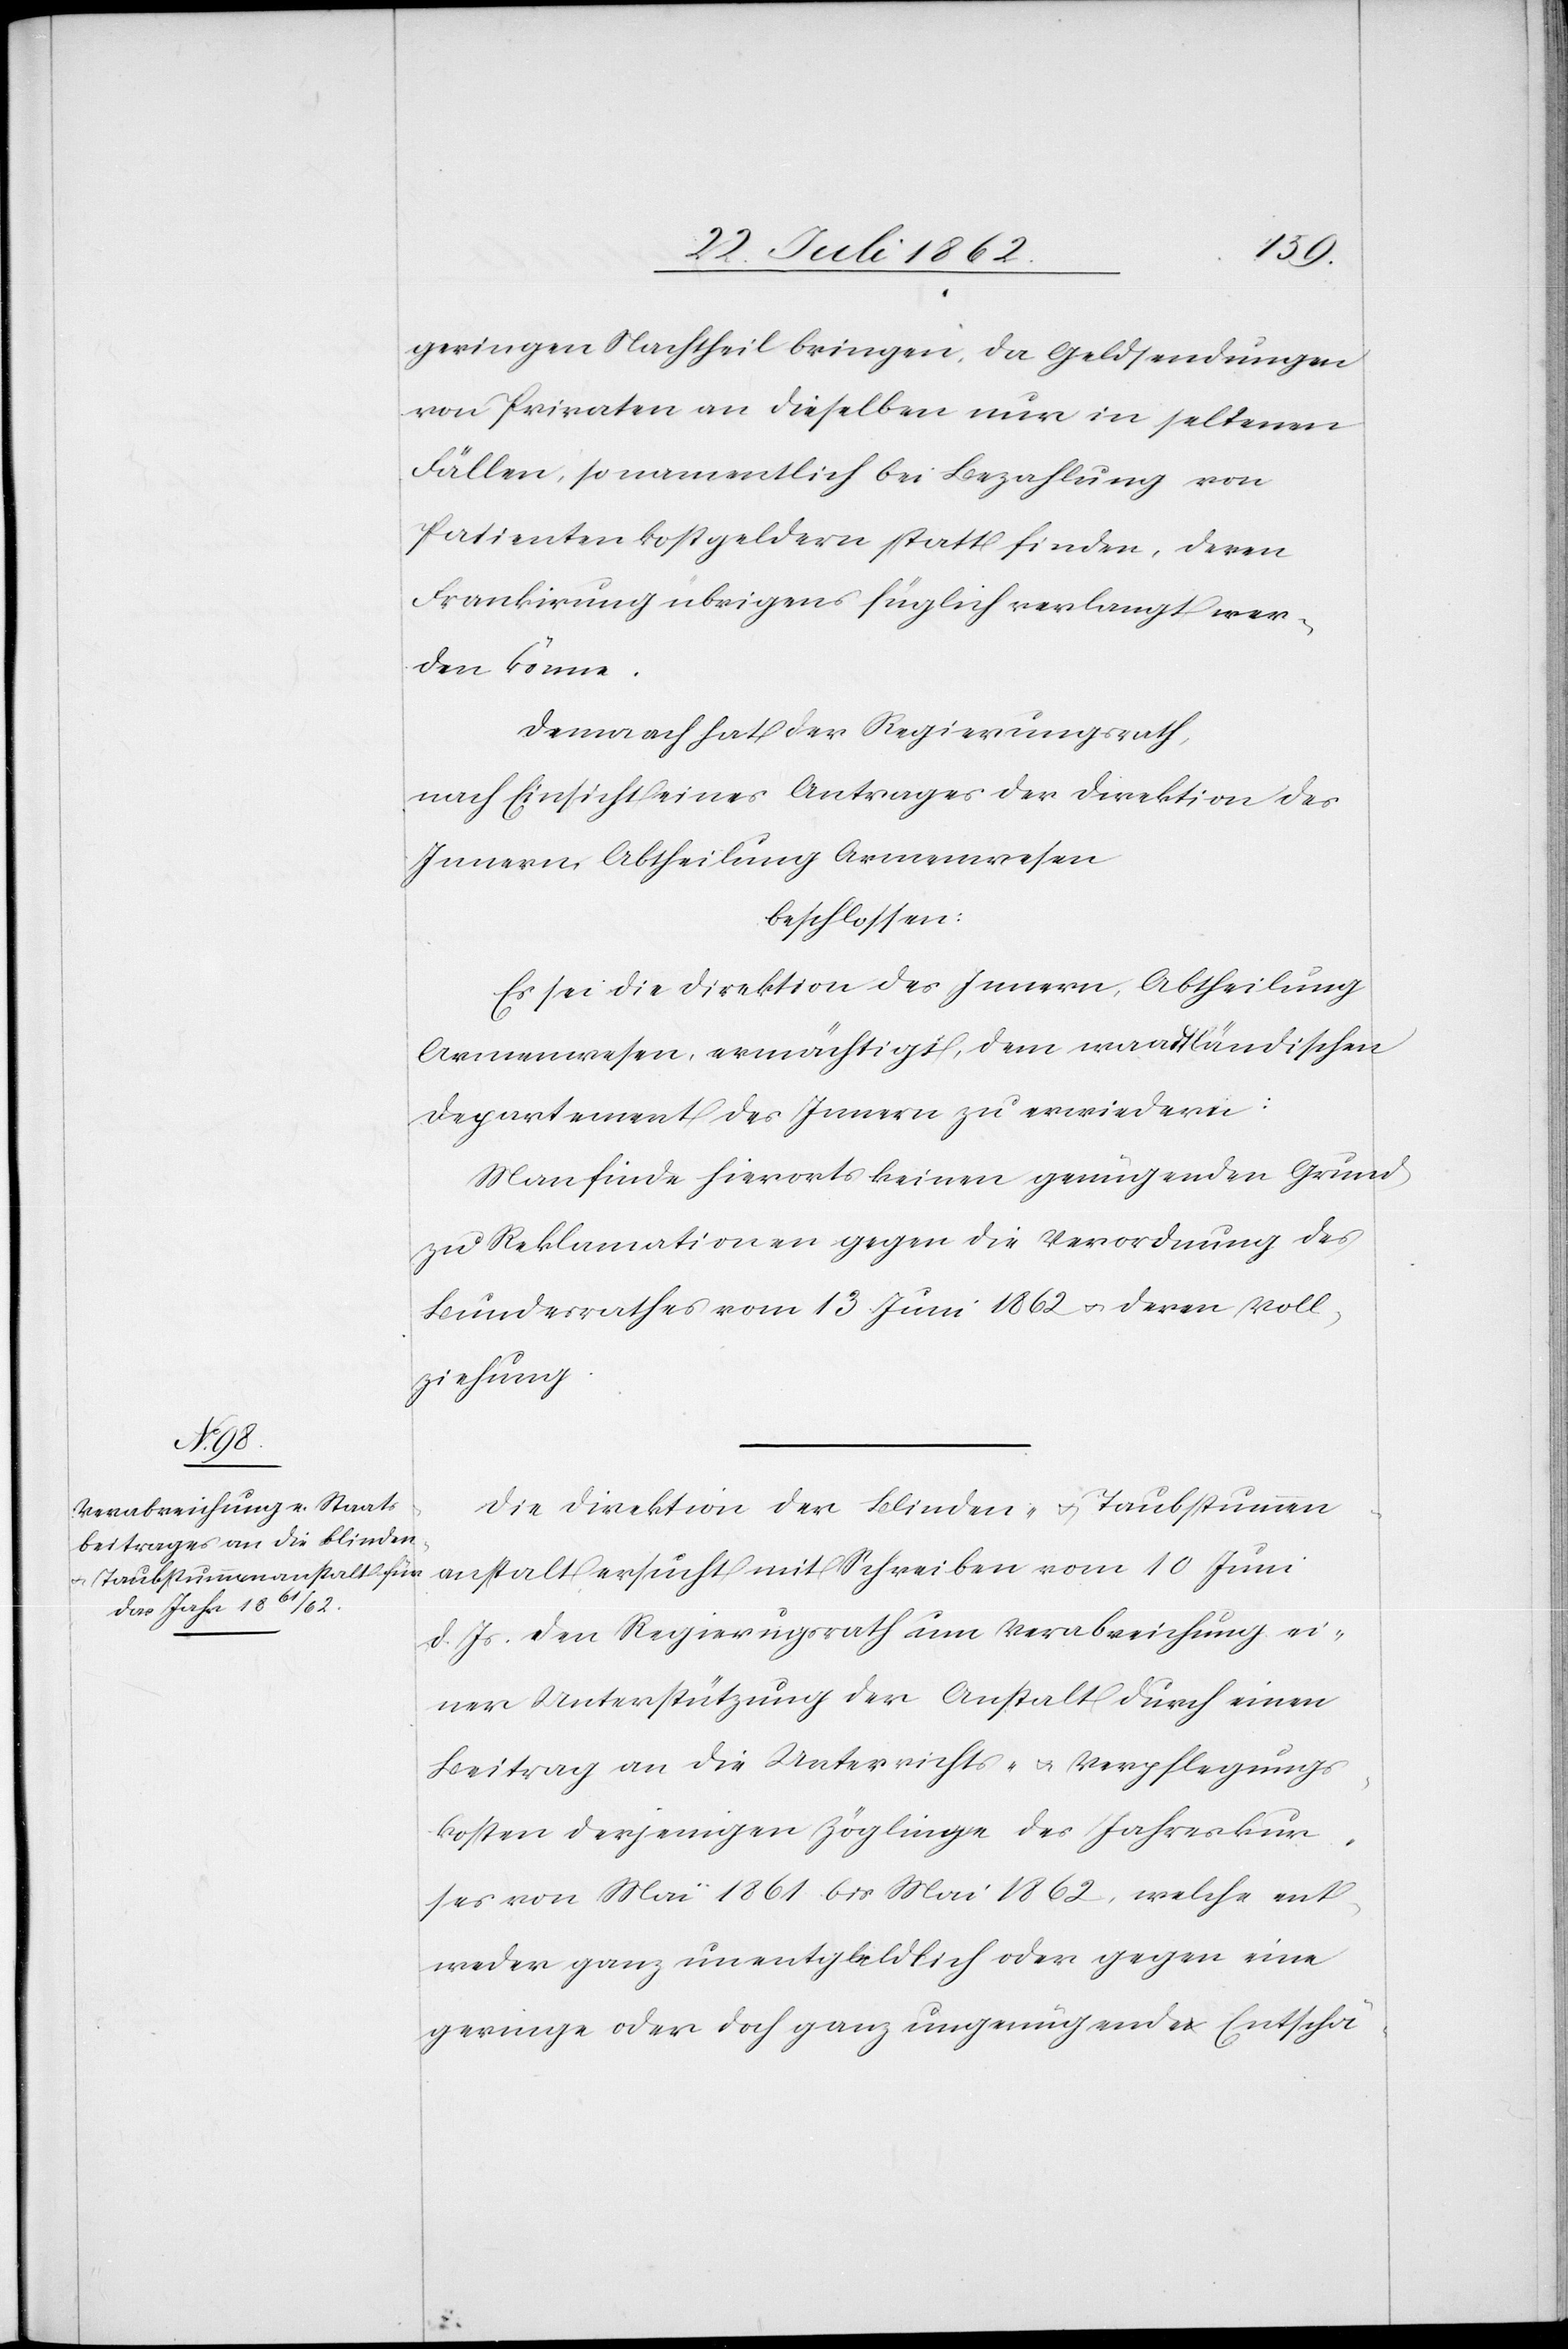
geringen Nachtheil bringen, da Geldsendungen
von Privaten an dieselben nur in seltenen
Fällen, so namentlich bei Bezahlung von
Patientenkostgeldern statt finden, deren
Frankirung übrigens füglich verlangt wer¬
den könne.
Demnach hat der Regierungsrath,
nach Einsicht eines Antrages der Direktion des
Innern, Abtheilung Armenwesen
beschlossen:
Es sei die Direktion des Innern, Abtheilung
Armenwesen, ermächtigt, dem waadtländischen
Departement des Innern zu erwiedern:
Man finde hierorts keinen genügenden Grund
zu Reklamationen gegen die Verordnung des
Bundesrathes vom 13. Juni 1862 u. deren Voll¬
ziehung.
Die Direktion der Blinden- u. Taubstummen¬
anstalt ersucht mit Schreiben vom 10. Juni
d. Js. den Regierungsrath um Verabreichung ei¬
ner Unterstützung der Anstalt durch einen
Beitrag an die Unterrichts- u. Verpflegungs¬
kosten derjenigen Zöglinge des Jahreskur¬
ses von Mai 1861 bis Mai 1862, welche ent¬
weder ganz unentgeldlich oder gegen eine
geringe oder doch ganz ungenügende Einschä-